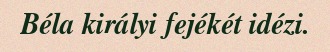
Béla királyi fejékét idézi.